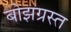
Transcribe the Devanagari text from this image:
बोझग्रस्त